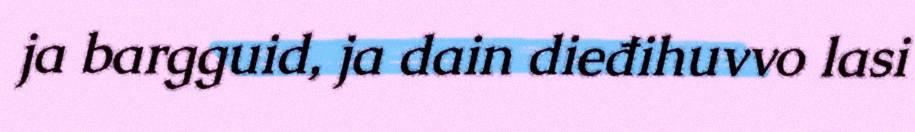
ja bargguid, ja dain dieđihuvvo lasi